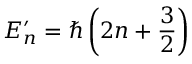
E _ { n } ^ { \prime } = \hbar \left( 2 n + \frac { 3 } { 2 } \right)